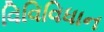
વિવિવિધાન